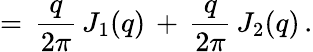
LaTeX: =\, \frac{q}{2\pi}\, J_{1}(q)\, +\, \frac{q}{2\pi}\, J_{2}(q)\, {.}